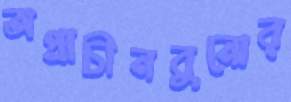
অপ্রাচীনবুনোর